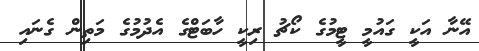
އޭނާ އަކީ ގައުމީ ޓީމުގެ ކޯޗު ރިކީ ހާބަޓްގެ އެދުމުގެ މަތިން ގެނައި